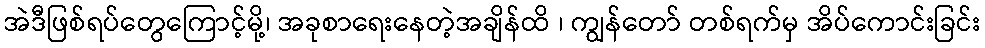
အဲဒီဖြစ်ရပ်တွေကြောင့်မို့၊ အခုစာရေးနေတဲ့အချိန်ထိ ၊ ကျွန်တော် တစ်ရက်မှ အိပ်ကောင်းခြင်း